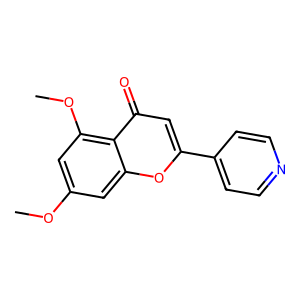
SMILES: COc1cc(OC)c2c(=O)cc(-c3ccncc3)oc2c1
Inhibits HIV replication: No